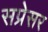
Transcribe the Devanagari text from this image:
सप्रेसर